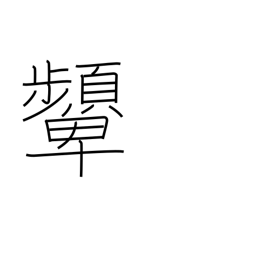
Meaning: scowl